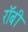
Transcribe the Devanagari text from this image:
राॅबी